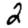
Digit: 2